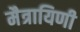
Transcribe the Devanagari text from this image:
मैत्रायिणी